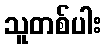
သူတစ်ပါး